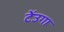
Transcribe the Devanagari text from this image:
टेंउगा